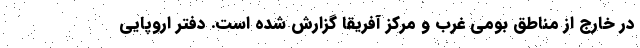
در خارج از مناطق بومیِ غرب و مرکز آفریقا گزارش شده‌ است. دفتر اروپایی